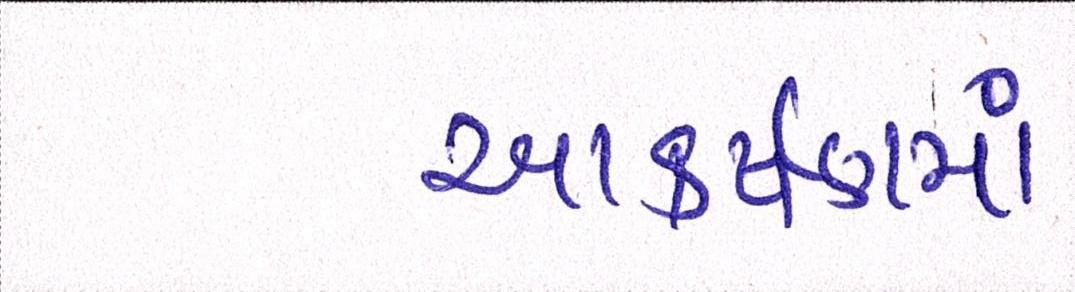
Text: આકર્ષણમાં